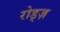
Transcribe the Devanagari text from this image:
रोड्ज़